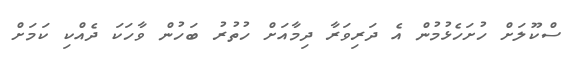
ސްކޫލަށް ހުށަހެޅުމުން އެ ދަރިވަރާ ދިމާއަށް ހުތުރު ބަހުން ވާހަކަ ދެއްކި ކަމަށް